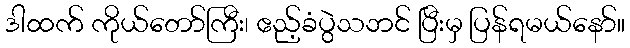
ဒါထက် ကိုယ်တော်ကြီး၊ ဧည့်ခံပွဲသဘင် ပြီးမှ ပြန်ရမယ်နော်။